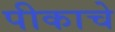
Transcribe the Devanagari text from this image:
पीकाचे